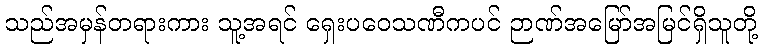
သည်အမှန်တရားကား သူ့အရင် ရှေးပဝေသဏီကပင် ဉာဏ်အမြော်အမြင်ရှိသူတို့